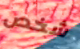
شخص